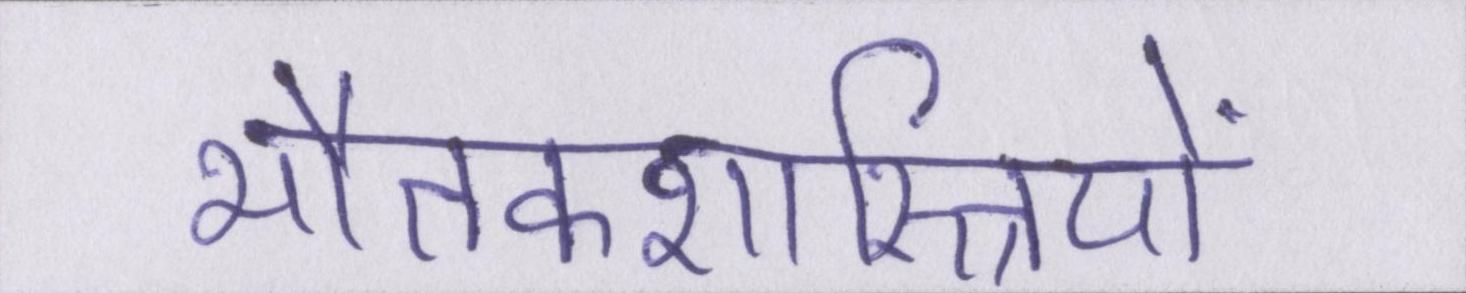
भौतकशास्त्रियों